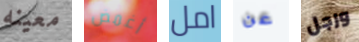
معينه أغمض امل عن ورجل